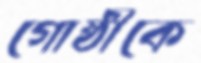
গোষ্ঠীকে